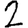
Digit: 2